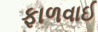
ફાળવાઈ